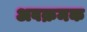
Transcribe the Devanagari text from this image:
अवक्रमक